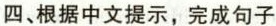
四、根据中文提示,完成句子。